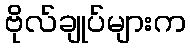
ဗိုလ်ချုပ်များက